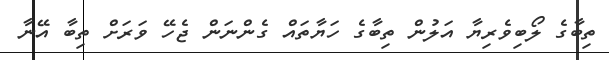
ތިބާގެ ލޯބިވެރިޔާ އަލުން ތިބާގެ ހަޔާތައް ގެންނަން ޖެހޭ ވަރަށް ތިބާ އޭނާ